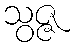
သွဇ္ဇ